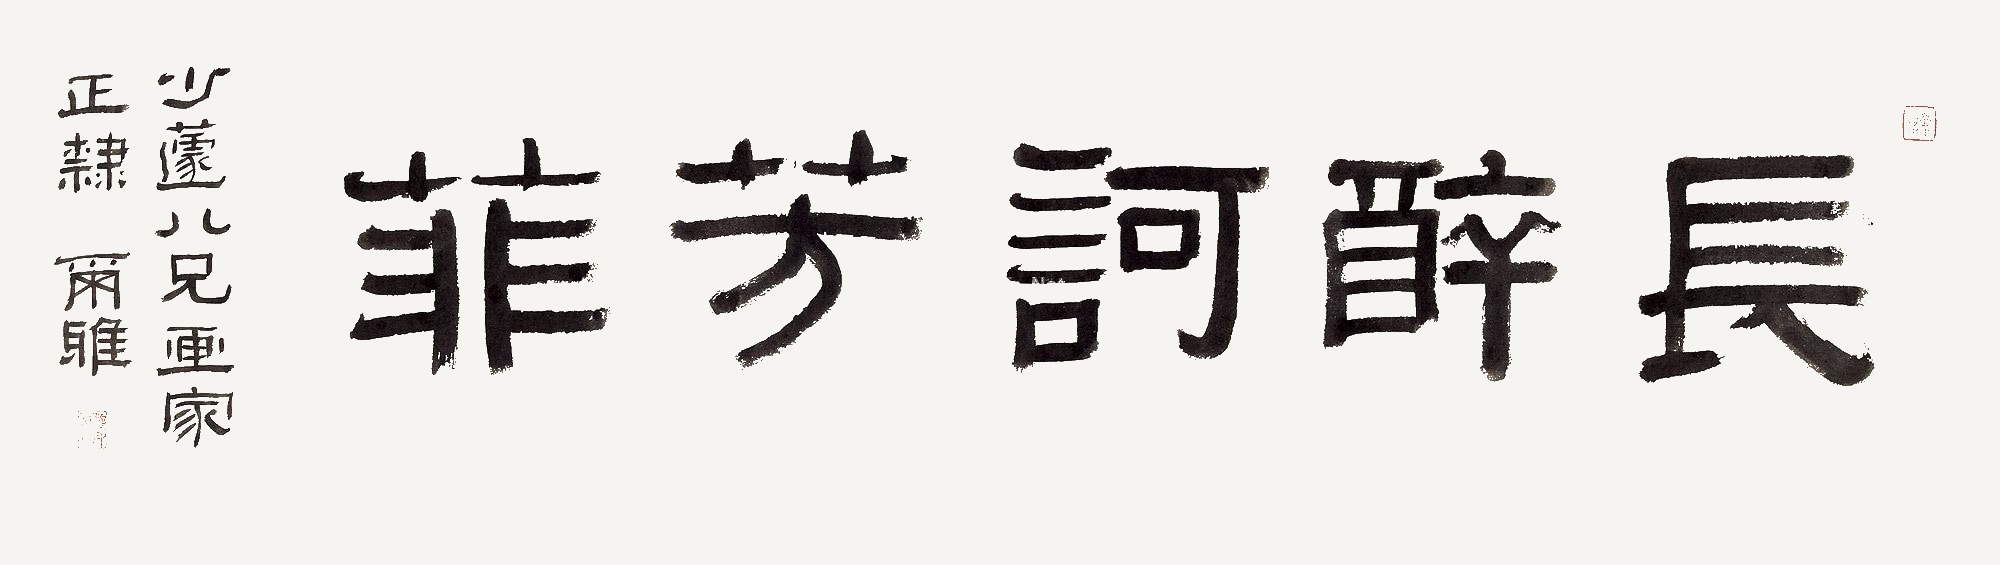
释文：长醉诃芳菲。少蘧八兄画家正隶，尔雅。